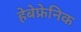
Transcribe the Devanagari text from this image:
हेबेफ्रेनिक